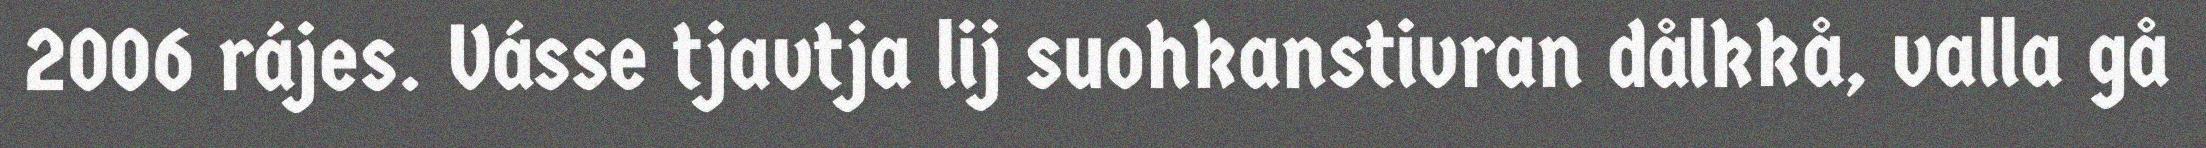
2006 rájes. Vásse tjavtja lij suohkanstivran dålkkå, valla gå